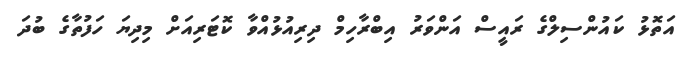
އަތޮޅު ކައުންސިލްގެ ރައީސް އަންވަރު އިބްރާހިމް ދިރިއުޅުއްވާ ކޮޓަރިއަށް މިދިޔަ ހަފުތާގެ ބުދަ